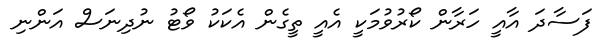
ފަސާދަ އާއީ ހަރާން ކޯރުވުމަކީ އެއީ ތީގެން އެކަކު ވޯޓު ނުދިނަސް އަންނި